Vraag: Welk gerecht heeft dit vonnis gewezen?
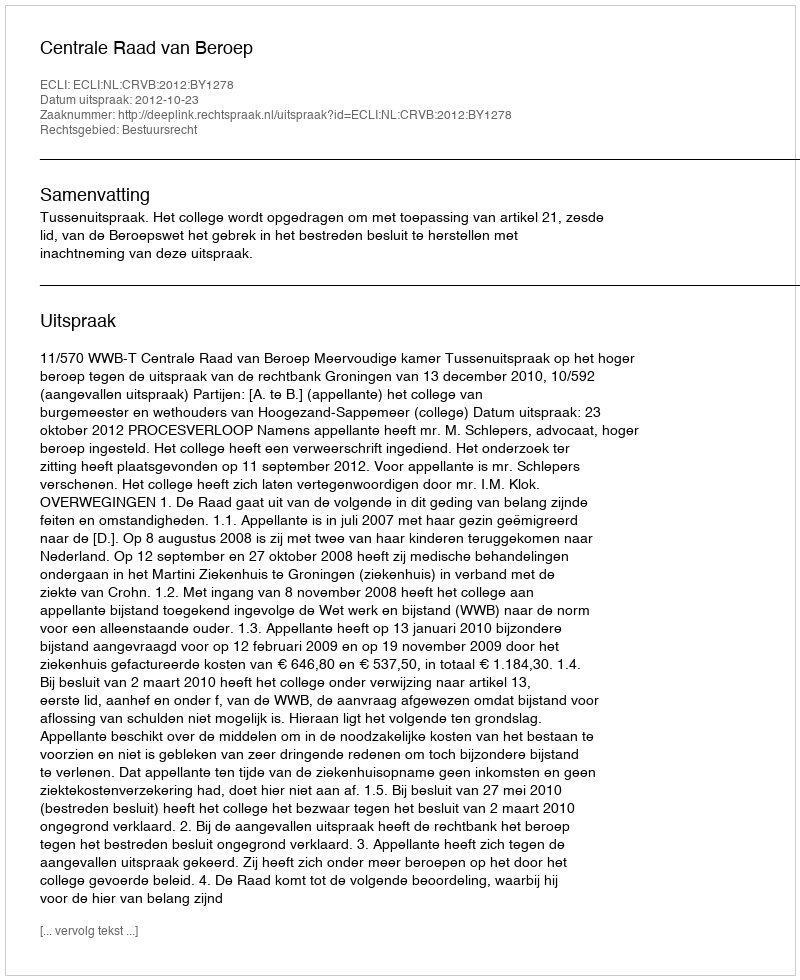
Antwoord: Centrale Raad van Beroep